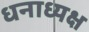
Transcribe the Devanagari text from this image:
धनाध्यक्ष